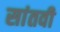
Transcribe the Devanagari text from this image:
सांतवी